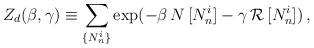
LaTeX: \begin{align*}Z_d (\beta , \gamma) \equiv \sum_{\{ N_n^i \}} \exp (-\beta \, N \,[N_n^i] - \gamma \, {\cal R} \, [N_n^i]) \, , \end{align*}